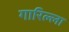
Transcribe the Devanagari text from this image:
गारिल्ला